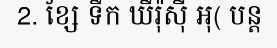
2. ខ្សែ ទឹក ឃឹរ៉ុស៊ី អុ( បន្ត